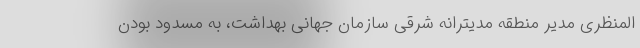
المنظری مدیر منطقه مدیترانه شرقی سازمان جهانی بهداشت، به مسدود بودن